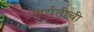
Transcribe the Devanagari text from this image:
शर्यतीची